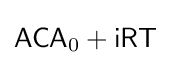
{\mathsf {ACA}}_{0}+{\mathsf {iRT}}